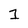
Character: 1